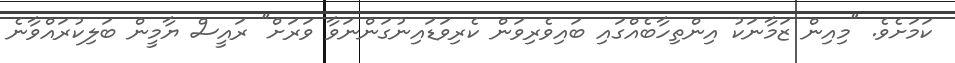
ކަމަށެވެ. "މިއިން ޒަމާނަކު އިންތިހާބެއްގައި ބައިވެރިވަން ކެރިވަޑައިނުގަންނަވާ ވަރަށް" ރައީސް ޔާމީން ބަލިކުރައްވާނެ